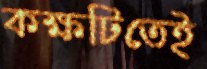
কক্ষটিতেই